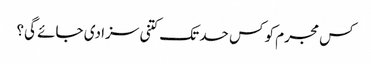
کس مجرم کو کس حد تک کتنی سزا دی جائے گی؟